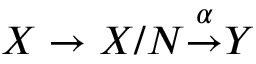
X \to X / N { \overset { \alpha } { \to } } Y